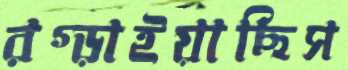
রগ্‌ড়াইয়াছিস